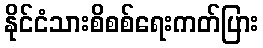
နိုင်ငံသားစိစစ်ရေးကတ်ပြား